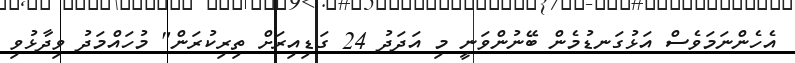
އެހެންނަމަވެސް އަޅުގަނޑުމެން ބޭނުންވަނީ މި އަދަދު 24 ގަޑިއިރަށް ތިރިކުރަން" މުހައްމަދު ވިދާޅުވި